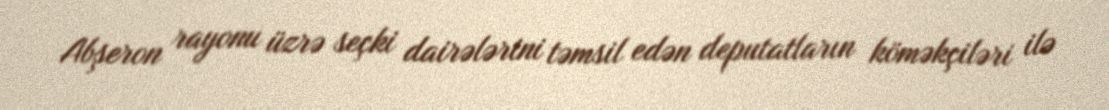
Abşeron rayonu üzrə seçki dairələrini təmsil edən deputatların köməkçiləri ilə